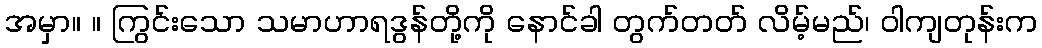
အမှာ။ ။ ကြွင်းသော သမာဟာရဒွန်တို့ကို နောင်ခါ တွက်တတ် လိမ့်မည်၊ ဝါကျတုန်းက